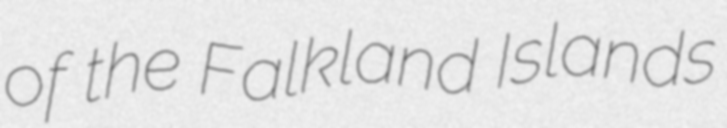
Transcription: of the Falkland Islands